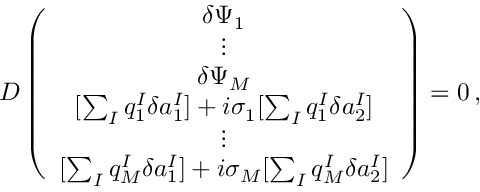
{ \cal D } \left( \begin{array} { c } { { \delta \Psi _ { 1 } } } \\ { { \vdots } } \\ { { \delta \Psi _ { M } } } \\ { { { [ \sum _ { I } q _ { 1 } ^ { I } \delta a _ { 1 } ^ { I } ] + i \sigma _ { 1 } [ \sum _ { I } q _ { 1 } ^ { I } \delta a _ { 2 } ^ { I } ] } } } \\ { { \vdots } } \\ { { { [ \sum _ { I } q _ { M } ^ { I } \delta a _ { 1 } ^ { I } ] + i \sigma _ { M } [ \sum _ { I } q _ { M } ^ { I } \delta a _ { 2 } ^ { I } ] } } } \end{array} \right) = 0 \, ,